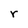
Character: r